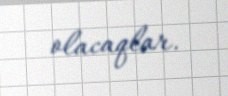
olacaqlar.